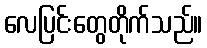
လေပြင်းတွေတိုက်သည်။